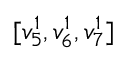
[ v _ { 5 } ^ { 1 } , v _ { 6 } ^ { 1 } , v _ { 7 } ^ { 1 } ]